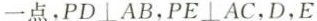
一点，PD\perp AB,PE \perp AC, D,E